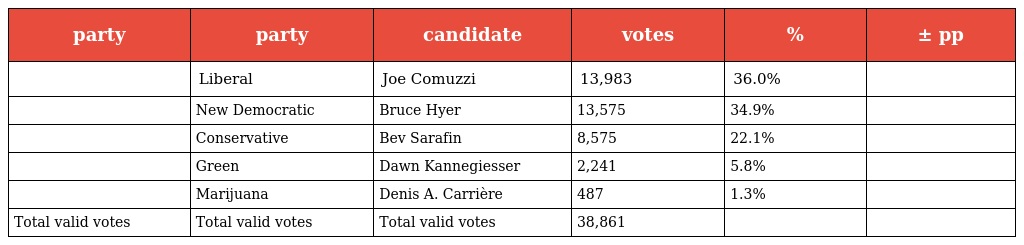
| party | party | candidate | votes | % | ± pp |
 | --- | --- | --- | --- | --- | --- |
 |  | Liberal | Joe Comuzzi | 13,983 | 36.0% |  |
 |  | New Democratic | Bruce Hyer | 13,575 | 34.9% |  |
 |  | Conservative | Bev Sarafin | 8,575 | 22.1% |  |
 |  | Green | Dawn Kannegiesser | 2,241 | 5.8% |  |
 |  | Marijuana | Denis A. Carrière | 487 | 1.3% |  |
 | Total valid votes | Total valid votes | Total valid votes | 38,861 |  |  |